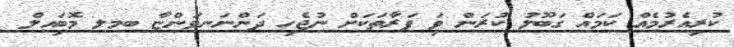
ކުރިއެރުމެއް ކަމައް ގަބޫލު ކުރަން ވަި ފަރާތަކަށް ނުޖެހި ދަންނަނވަންޏާ ބމލ މޮބަިއލް